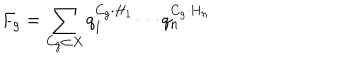
F _ { g } = \sum _ { C _ { g } \subset X } q _ { 1 } ^ { C _ { g } \cdot H _ { 1 } } \cdots q _ { n } ^ { C _ { g } \cdot H _ { n } }